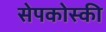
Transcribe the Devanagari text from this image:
सेपकोस्की